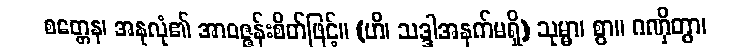
စတ္တေန၊ အနုလုံ၏ အာဝဇ္ဇန်းစိတ်ဖြင့်။ (ဟိ၊ သဒ္ဒါအနက်မရှိ) သုမ္မာ၊ စွာ။ ဂဏှိတွာ၊